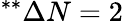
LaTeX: ^{**}\Delta N=2